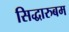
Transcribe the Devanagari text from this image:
सिद्धारुबम